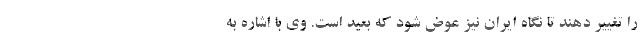
را تغییر دهند تا نگاه ایران نیز عوض شود که بعید است. وی با اشاره به